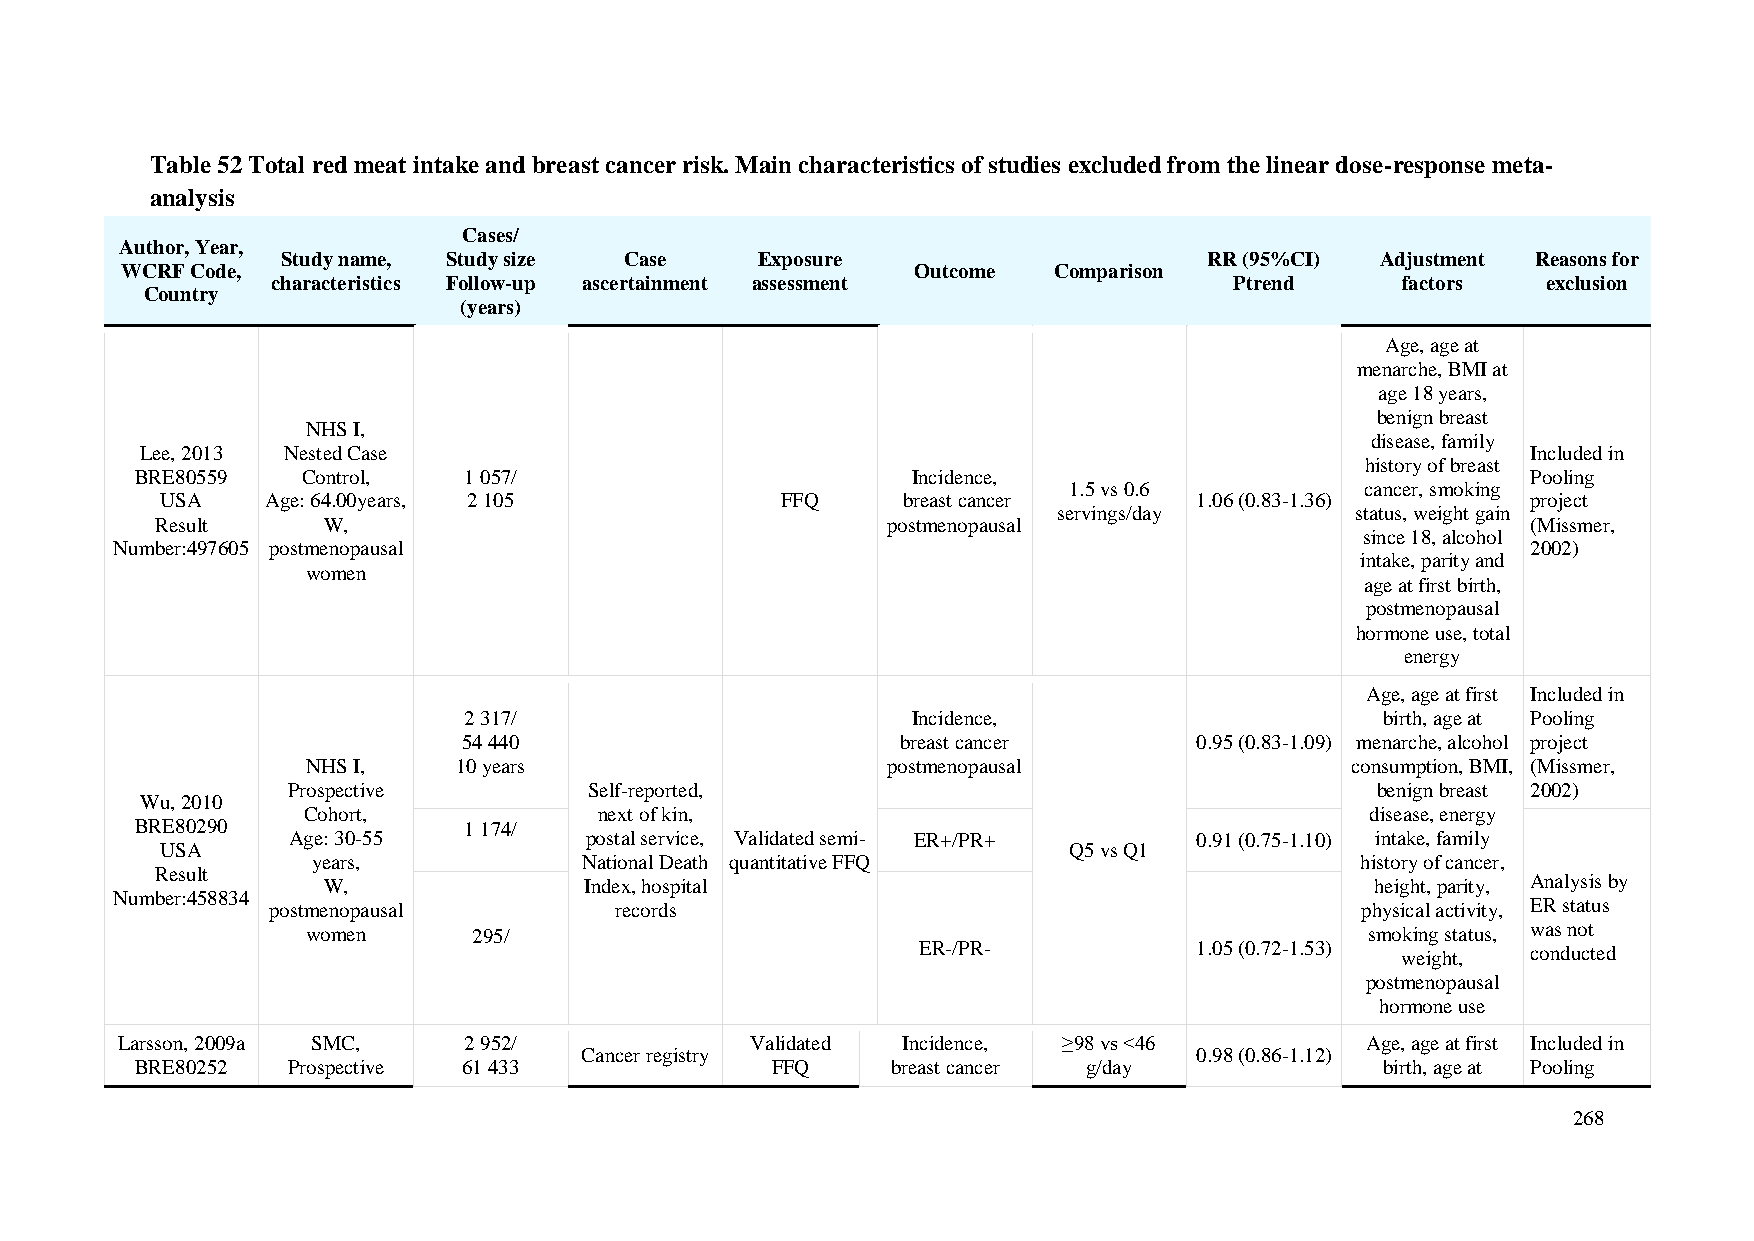
Table 52 Total red meat intake and breast cancer risk. Main characteristics of studies excluded from the linear dose-response meta-
 analysis
 Cases/
 Author, Year,
 Study name, Study size Case    Exposure                      RR (95%CI) Adjustment Reasons for
 WCRF Code,                                           Outcome  Comparison
 characteristics Follow-up ascertainment assessment              Ptrend     factors  exclusion
 Country
 (years)
 Age, age at
 menarche, BMI at
 age 18 years,
 benign breast
 NHS I,
 disease, family
 Lee, 2013 Nested Case                                                                       Included in
 history of breast
 BRE80559   Control,   1 057/                       Incidence,                               Pooling
 1.5 vs 0.6         cancer, smoking
 USA    Age: 64.00years, 2 105            FFQ     breast cancer      1.06 (0.83-1.36)      project
 servings/day        status, weight gain
 Result     W,                                    postmenopausal                            (Missmer,
 since 18, alcohol
 Number:497605 postmenopausal                                                                  2002)
 intake, parity and
 women
 age at first birth,
 postmenopausal
 hormone use, total
 energy
 Age, age at first Included in
 2 317/                       Incidence,                      birth, age at Pooling
 54 440                       breast cancer      0.95 (0.83-1.09) menarche, alcohol project
 NHS I,    10 years                     postmenopausal                consumption, BMI, (Missmer,
 Prospective         Self-reported,                                      benign breast 2002)
 Wu, 2010
 Cohort,             next of kin,                                       disease, energy
 BRE80290              1 174/
 Age: 30-55          postal service, Validated semi- ER+/PR+ 0.91 (0.75-1.10) intake, family
 USA                                                         Q5 vs Q1
 years,            National Death quantitative FFQ                    history of cancer,
 Result
 W,                Index, hospital                                     height, parity, Analysis by
 Number:458834
 postmenopausal         records                                          physical activity, ER status
 women      295/                                                        smoking status, was not
 ER-/PR-           1.05 (0.72-1.53) weight, conducted
 postmenopausal
 hormone use
 Larsson, 2009a SMC,    2 952/             Validated Incidence, ≥98 vs <46         Age, age at first Included in
 Cancer registry                          0.98 (0.86-1.12)
 BRE80252  Prospective 61 433              FFQ     breast cancer g/day              birth, age at Pooling
 268